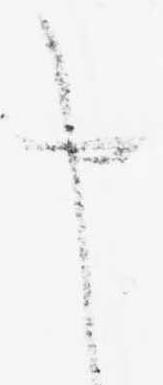
申